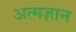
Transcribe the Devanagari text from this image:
अत्मज्ञान